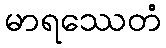
မာရဿေတံ